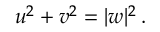
u ^ { 2 } + v ^ { 2 } = | w | ^ { 2 } \, .